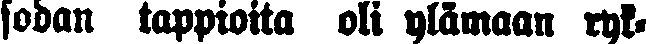
sodan tappioita oli ylämaan ryk-